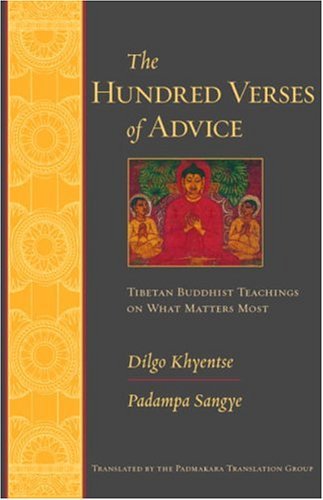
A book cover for The Hundred Verses of Advice: Tibetan Buddhist Teachings on What Matters Most; Dilgo Khyentse Rinpoche; Religion & Spirituality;